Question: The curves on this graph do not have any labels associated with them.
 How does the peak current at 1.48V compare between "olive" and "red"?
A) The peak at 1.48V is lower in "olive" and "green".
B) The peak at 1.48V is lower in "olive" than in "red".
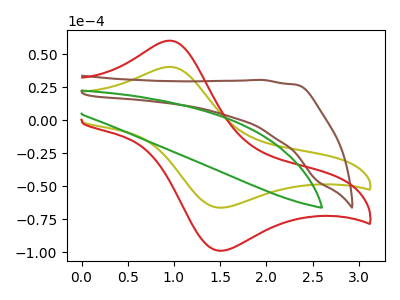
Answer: <think>The olive curve "olive" has an anodic peak at (0.95V, 40.35uA) and a cathodic peak at (1.50V, -66.15uA). The brown curve "brown" has no peaks. The red curve "red" has an anodic peak at (0.95V, 60.20uA) and a cathodic peak at (1.50V, -98.70uA). The green curve "green" has no peaks.</think>
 <answer>B) The peak at 1.48V is lower in "olive" than in "red".</answer>
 <eval>B</eval>